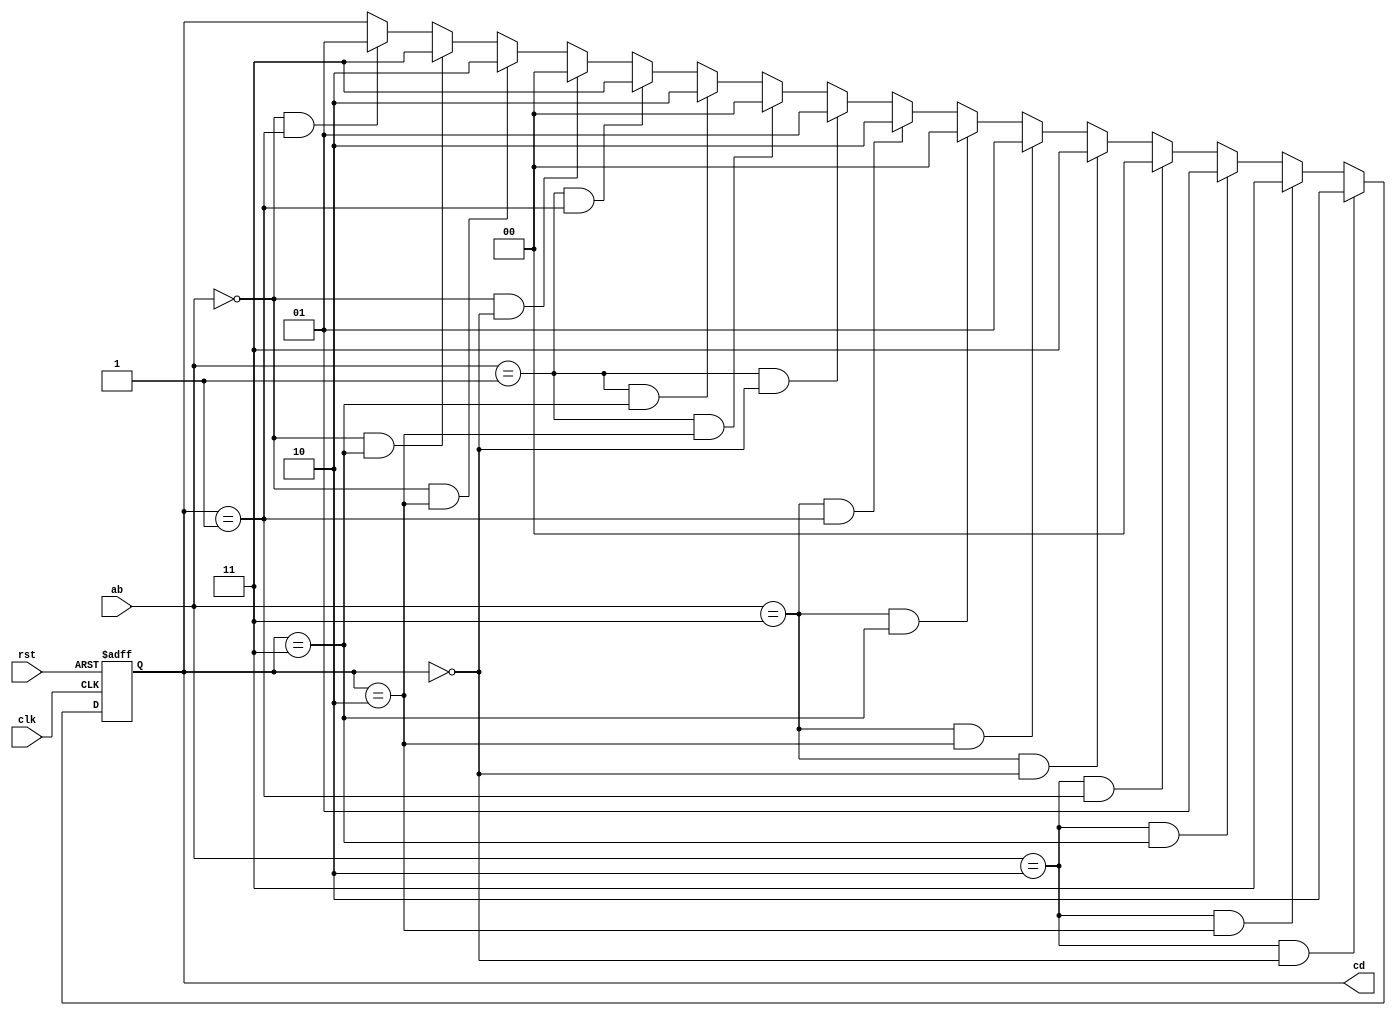
//ab2cd.v
module ab2cd (
	rst,clk,ab,
	cd); 
	
	input		rst;       //
	input		clk;       //FPGA
	input	 [1:0]	ab;  //
	output [1:0]	cd;  //

	reg [1:0] ef;
	always @(posedge clk or posedge rst)
		if (rst)
		   begin
			   ef <= 2'd0;
			end
		else
			begin
				if ((ab==2'b10) && (ef==2'b00))
					ef <= 2'b10;
				else if ((ab==2'b10) && (ef==2'b10))
					ef <= 2'b11;
				else if ((ab==2'b10) && (ef==2'b11))
					ef <= 2'b01;
				else if ((ab==2'b10) && (ef==2'b01))
					ef <= 2'b00;
					
					
				else if ((ab==2'b11) && (ef==2'b00))
					ef <= 2'b11;
				else if ((ab==2'b11) && (ef==2'b10))
					ef <= 2'b01;
				else if ((ab==2'b11) && (ef==2'b11))
					ef <= 2'b00;
				else if ((ab==2'b11) && (ef==2'b01))
					ef <= 2'b10;

				else if ((ab==2'b01) && (ef==2'b00))
					ef <= 2'b01;
				else if ((ab==2'b01) && (ef==2'b10))
					ef <= 2'b00;
				else if ((ab==2'b01) && (ef==2'b11))
					ef <= 2'b10;
				else if ((ab==2'b01) && (ef==2'b01))
					ef <= 2'b11;

				else if ((ab==2'b11) && (ef==2'b00))
					ef <= 2'b11;
				else if ((ab==2'b11) && (ef==2'b10))
					ef <= 2'b01;
				else if ((ab==2'b11) && (ef==2'b11))
					ef <= 2'b00;
				else if ((ab==2'b11) && (ef==2'b01))
					ef <= 2'b10;

				else if ((ab==2'b00) && (ef==2'b00))
					ef <= 2'b00;
				else if ((ab==2'b00) && (ef==2'b10))
					ef <= 2'b10;
				else if ((ab==2'b00) && (ef==2'b11))
					ef <= 2'b11;
				else if ((ab==2'b00) && (ef==2'b01))
					ef <= 2'b01;
			end
			
	assign cd = ef;
	
endmodule